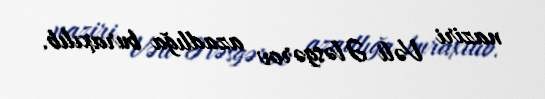
naziri Vəli Ələsgərov azadlığa buraxılıb.